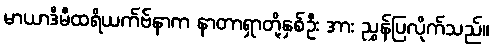
မာယာဒီမီထရိယက်ဗ်နာက နာတာရှာတို့နှစ်ဦး အား ညွှန်ပြလိုက်သည်။